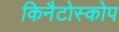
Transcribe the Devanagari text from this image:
किनैटोस्कोप